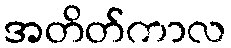
အတိတ်ကာလ